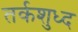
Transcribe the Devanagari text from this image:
तर्कशुध्द